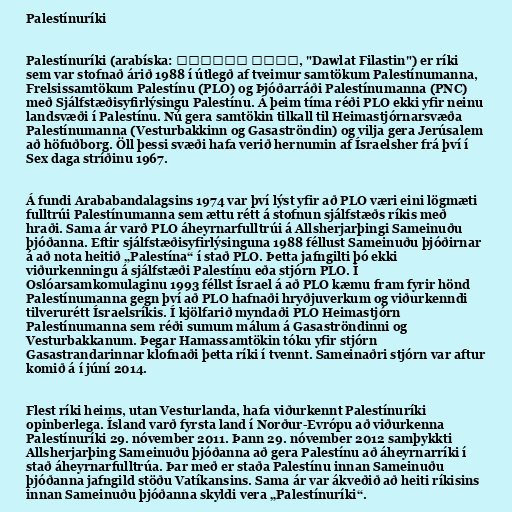
Palestínuríki

Palestínuríki (arabíska: دولة فلسطين‎, "Dawlat Filastin") er ríki
sem var stofnað árið 1988 í útlegð af tveimur samtökum Palestínumanna,
Frelsissamtökum Palestínu (PLO) og Þjóðarráði Palestínumanna (PNC)
með Sjálfstæðisyfirlýsingu Palestínu. Á þeim tíma réði PLO ekki yfir neinu
landsvæði í Palestínu. Nú gera samtökin tilkall til Heimastjórnarsvæða
Palestínumanna (Vesturbakkinn og Gasaströndin) og vilja gera Jerúsalem
að höfuðborg. Öll þessi svæði hafa verið hernumin af Ísraelsher frá því í
Sex daga stríðinu 1967.

Á fundi Arababandalagsins 1974 var því lýst yfir að PLO væri eini lögmæti
fulltrúi Palestínumanna sem ættu rétt á stofnun sjálfstæðs ríkis með
hraði. Sama ár varð PLO áheyrnarfulltrúi á Allsherjarþingi Sameinuðu
þjóðanna. Eftir sjálfstæðisyfirlýsinguna 1988 féllust Sameinuðu þjóðirnar
á að nota heitið „Palestína“ í stað PLO. Þetta jafngilti þó ekki
viðurkenningu á sjálfstæði Palestínu eða stjórn PLO. Í
Oslóarsamkomulaginu 1993 féllst Ísrael á að PLO kæmu fram fyrir hönd
Palestínumanna gegn því að PLO hafnaði hryðjuverkum og viðurkenndi
tilverurétt Ísraelsríkis. Í kjölfarið myndaði PLO Heimastjórn
Palestínumanna sem réði sumum málum á Gasaströndinni og
Vesturbakkanum. Þegar Hamassamtökin tóku yfir stjórn
Gasastrandarinnar klofnaði þetta ríki í tvennt. Sameinaðri stjórn var aftur
komið á í júní 2014.

Flest ríki heims, utan Vesturlanda, hafa viðurkennt Palestínuríki
opinberlega. Ísland varð fyrsta land í Norður-Evrópu að viðurkenna
Palestínuríki 29. nóvember 2011. Þann 29. nóvember 2012 samþykkti
Allsherjarþing Sameinuðu þjóðanna að gera Palestínu að áheyrnarríki í
stað áheyrnarfulltrúa. Þar með er staða Palestínu innan Sameinuðu
þjóðanna jafngild stöðu Vatíkansins. Sama ár var ákveðið að heiti ríkisins
innan Sameinuðu þjóðanna skyldi vera „Palestínuríki“.